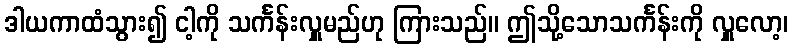
ဒါယကာထံသွား၍ ငါ့ကို သင်္ကန်းလှူမည်ဟု ကြားသည်။ ဤသို့သောသင်္ကန်းကို လှူလော့၊